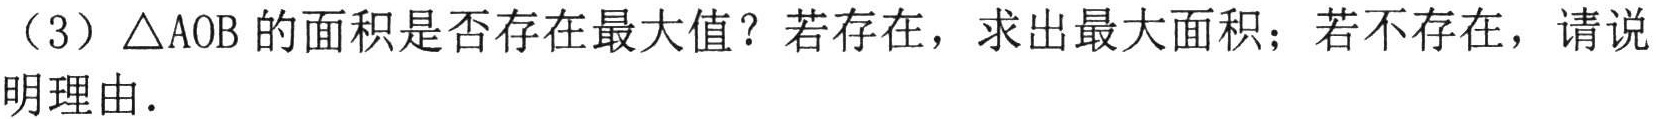
（3）\(\triangle AOB\) 的面积是否存在最大值？若存在，求出最大面积；若不存在，请说明理由.